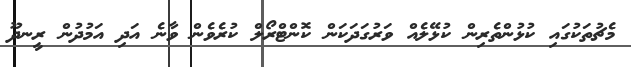
މެޗުތަކުގައި ކުޅުންތެރިން ކުޅޭލެއް ވަރުގަދަކަން ކޮންޓްރޯލް ކުރެވެން ވާނެ އަދި އަމުދުން ރީނދޫ